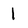
Character: 1